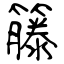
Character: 籐